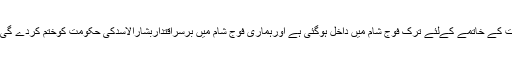
تفصیلات کے مطابق ترکی کے صدرطیب اردگان نے اعلان کیا ہے کہ ترک فوج بشار الاسد کی حکومت کے خاتمے کےلئے ترک فوج شام میں داخل ہوگئی ہے اورہماری فوج شام میں برسراقتداربشارالاسدکی حکومت کوختم کردے گی اوراقتدارشام کے عوام کے حوالے کردے گی تاکہ وہ خود اپنی مرضی سے حکومت کاانتخاب کرسکیں ۔